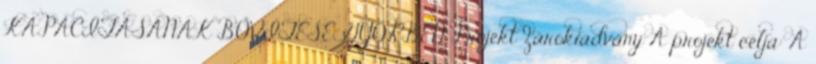
KAPACITÁSÁNAK BŐVÍTÉSE GYŐRBEN Projekt Zárókiadvány A projekt célja: A